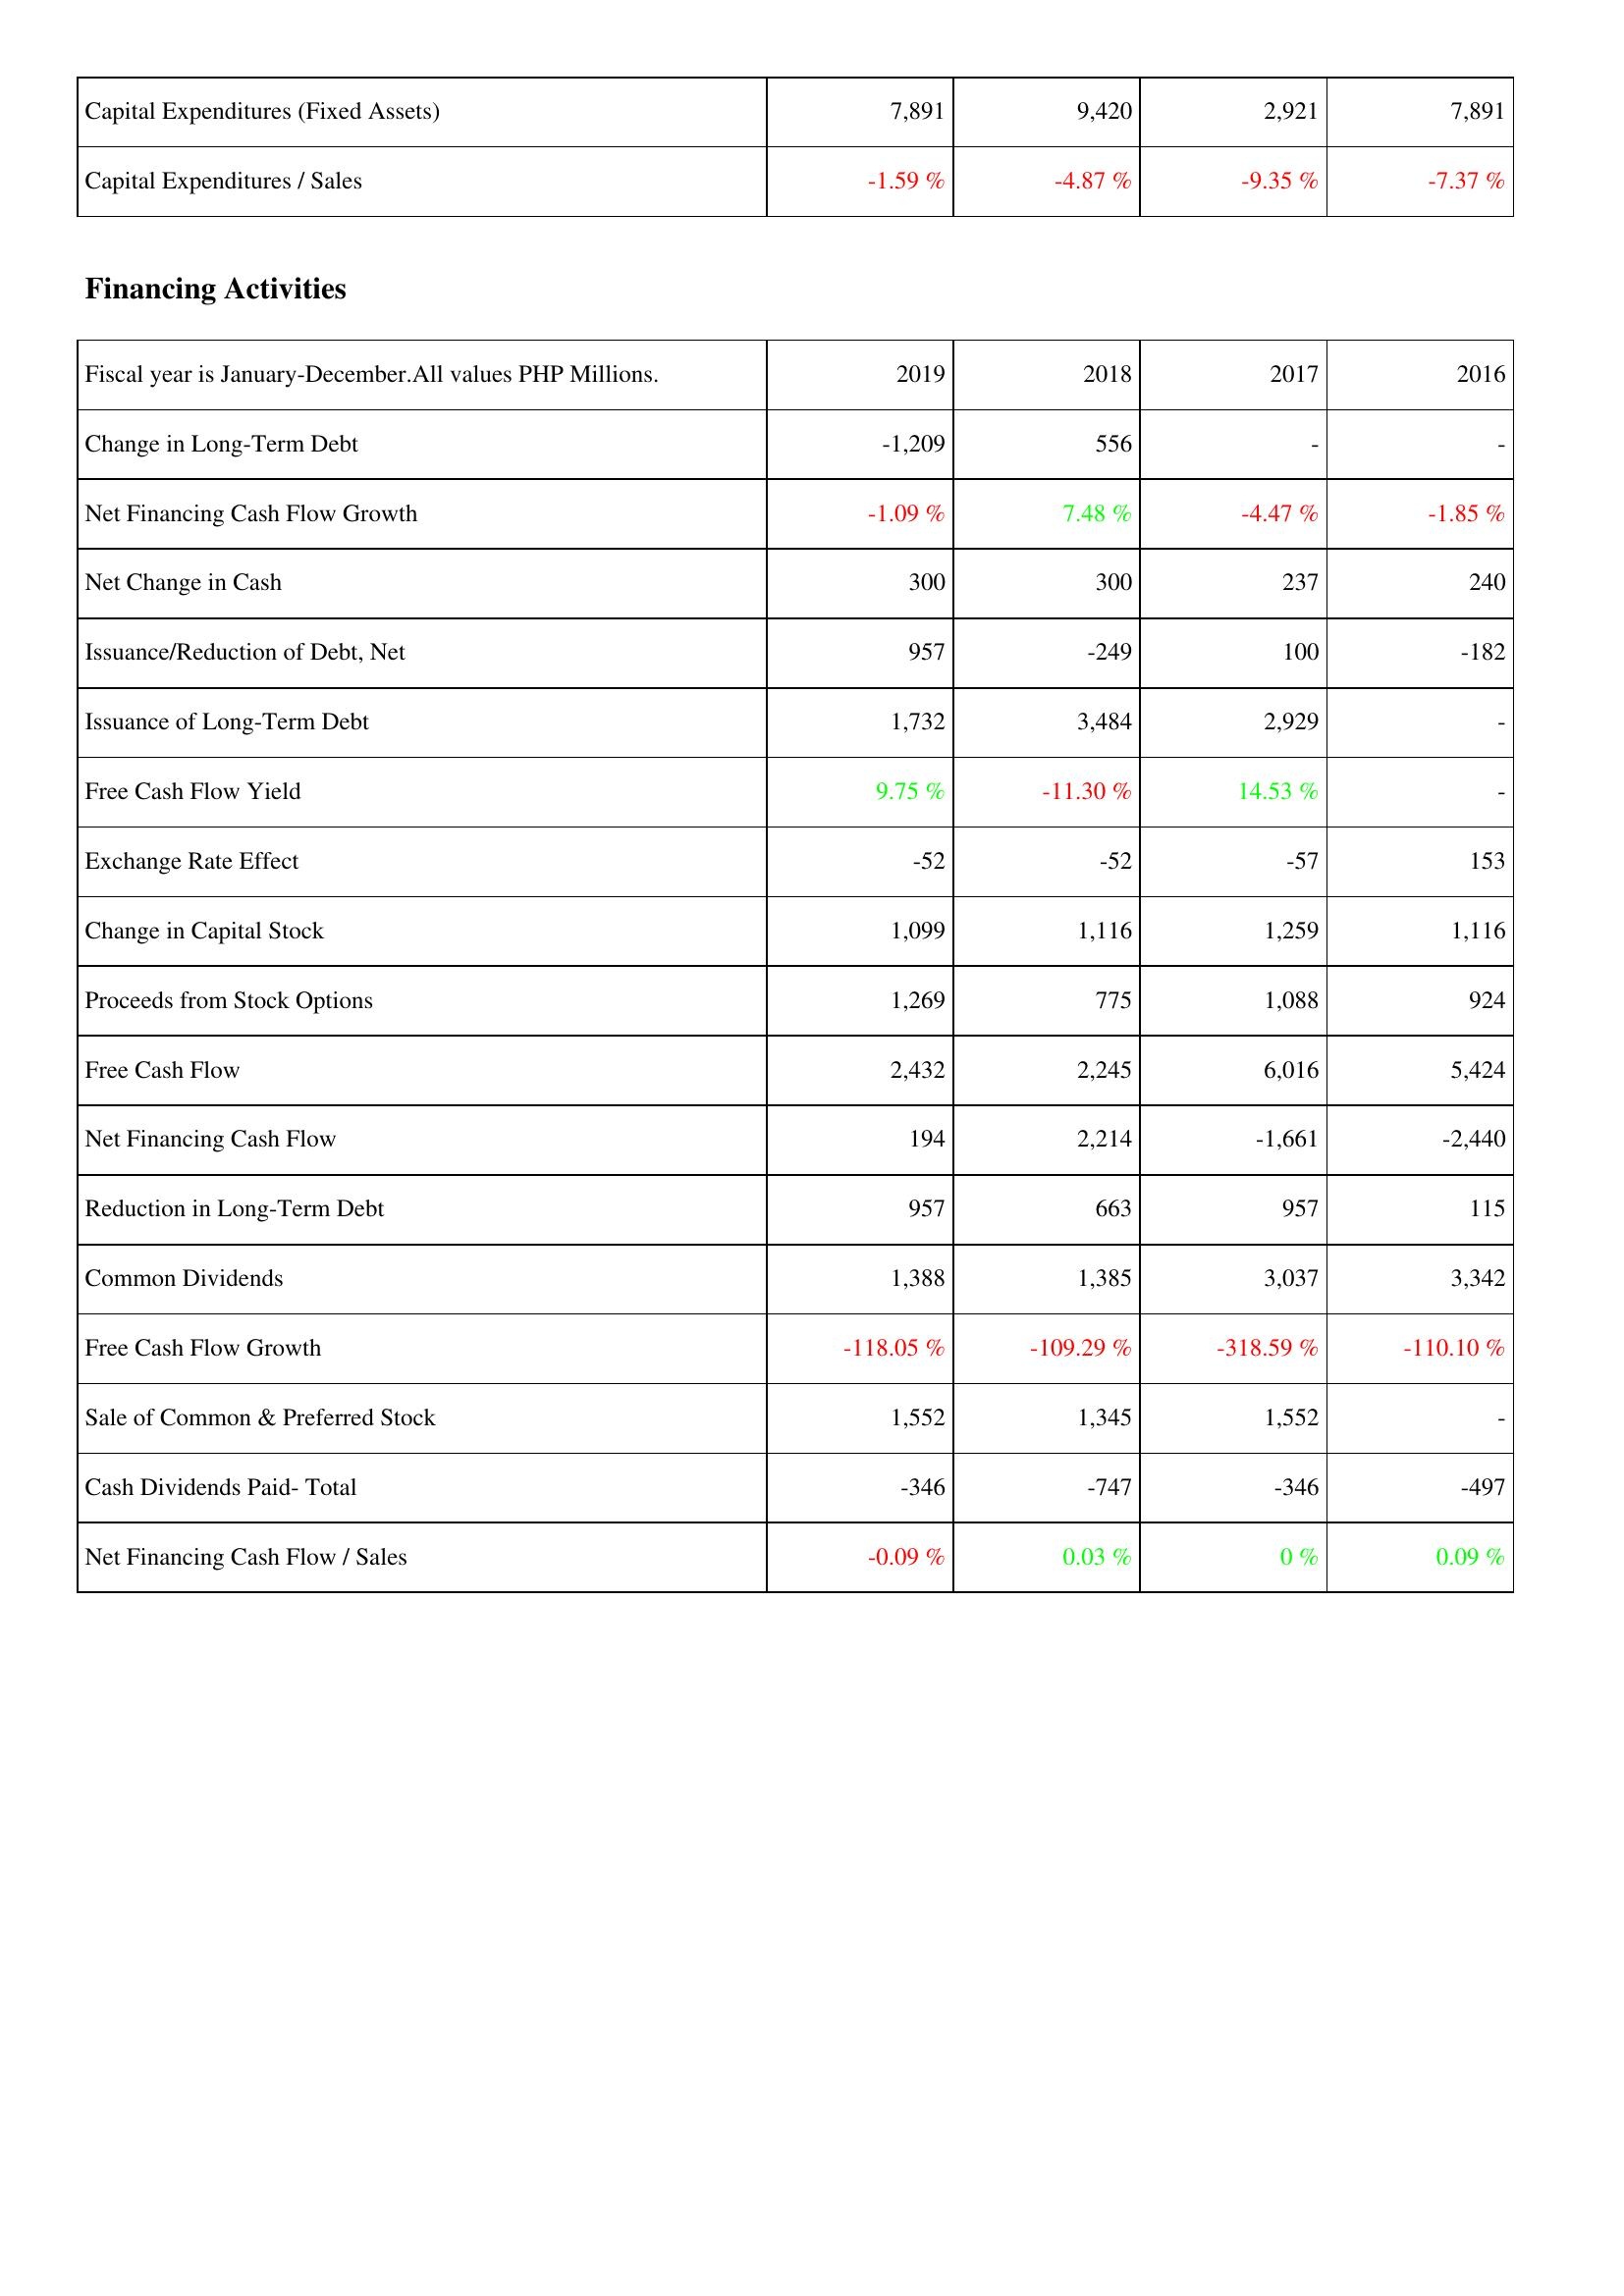
2019: Investing Activities: Capital Expenditures (Fixed Assets): 7,891
Capital Expenditures / Sales: -1.59 %
Financing Activities: Change in Long-Term Debt: -1,209
Net Financing Cash Flow Growth: -1.09 %
Net Change in Cash: 300
Issuance/Reduction of Debt, Net: 957
Issuance of Long-Term Debt: 1,732
Free Cash Flow Yield: 9.75 %
Exchange Rate Effect: -52
Change in Capital Stock: 1,099
Proceeds from Stock Options: 1,269
Free Cash Flow: 2,432
Net Financing Cash Flow: 194
Reduction in Long-Term Debt: 957
Common Dividends: 1,388
Free Cash Flow Growth: -118.05 %
Sale of Common & Preferred Stock: 1,552
Cash Dividends Paid- Total: -346
Net Financing Cash Flow / Sales: -0.09 %
2018: Investing Activities: Capital Expenditures (Fixed Assets): 9,420
Capital Expenditures / Sales: -4.87 %
Financing Activities: Change in Long-Term Debt: 556
Net Financing Cash Flow Growth: 7.48 %
Net Change in Cash: 300
Issuance/Reduction of Debt, Net: -249
Issuance of Long-Term Debt: 3,484
Free Cash Flow Yield: -11.30 %
Exchange Rate Effect: -52
Change in Capital Stock: 1,116
Proceeds from Stock Options: 775
Free Cash Flow: 2,245
Net Financing Cash Flow: 2,214
Reduction in Long-Term Debt: 663
Common Dividends: 1,385
Free Cash Flow Growth: -109.29 %
Sale of Common & Preferred Stock: 1,345
Cash Dividends Paid- Total: -747
Net Financing Cash Flow / Sales: 0.03 %
2017: Investing Activities: Capital Expenditures (Fixed Assets): 2,921
Capital Expenditures / Sales: -9.35 %
Financing Activities: Change in Long-Term Debt: -
Net Financing Cash Flow Growth: -4.47 %
Net Change in Cash: 237
Issuance/Reduction of Debt, Net: 100
Issuance of Long-Term Debt: 2,929
Free Cash Flow Yield: 14.53 %
Exchange Rate Effect: -57
Change in Capital Stock: 1,259
Proceeds from Stock Options: 1,088
Free Cash Flow: 6,016
Net Financing Cash Flow: -1,661
Reduction in Long-Term Debt: 957
Common Dividends: 3,037
Free Cash Flow Growth: -318.59 %
Sale of Common & Preferred Stock: 1,552
Cash Dividends Paid- Total: -346
Net Financing Cash Flow / Sales: 0 %
2016: Investing Activities: Capital Expenditures (Fixed Assets): 7,891
Capital Expenditures / Sales: -7.37 %
Financing Activities: Change in Long-Term Debt: -
Net Financing Cash Flow Growth: -1.85 %
Net Change in Cash: 240
Issuance/Reduction of Debt, Net: -182
Issuance of Long-Term Debt: -
Free Cash Flow Yield: -
Exchange Rate Effect: 153
Change in Capital Stock: 1,116
Proceeds from Stock Options: 924
Free Cash Flow: 5,424
Net Financing Cash Flow: -2,440
Reduction in Long-Term Debt: 115
Common Dividends: 3,342
Free Cash Flow Growth: -110.10 %
Sale of Common & Preferred Stock: -
Cash Dividends Paid- Total: -497
Net Financing Cash Flow / Sales: 0.09 %